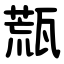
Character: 㼹